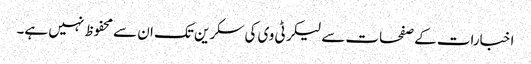
اخبارات کے صفحات سے لیکر ٹی وی کی سکرین تک ان سے محفوظ نہیں ہے۔